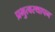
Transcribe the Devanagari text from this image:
प्रभुत्वस्थापन